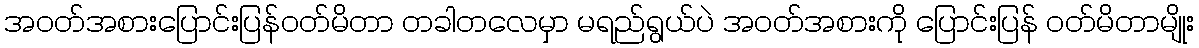
အဝတ်အစားပြောင်းပြန်ဝတ်မိတာ တခါတလေမှာ မရည်ရွယ်ပဲ အဝတ်အစားကို ပြောင်းပြန် ဝတ်မိတာမျိုး